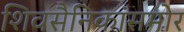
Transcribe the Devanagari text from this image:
शिवसैनिकांसमोर